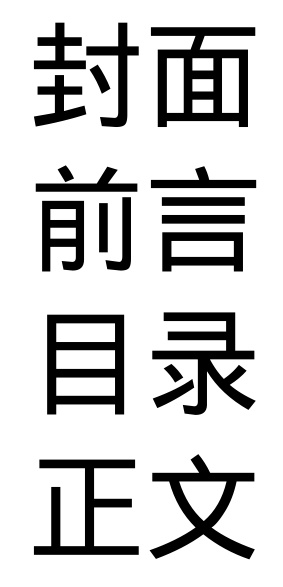
封面

前言

目录

正文